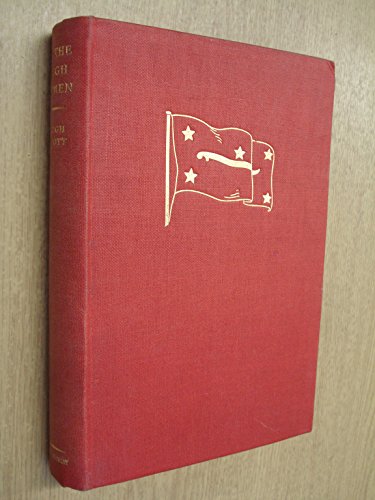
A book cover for In the High Yemen; Hugh Scott; Travel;